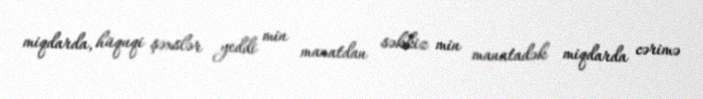
miqdarda, hüquqi şəxslər yeddi min manatdan səkkiz min manatadək miqdarda cərimə